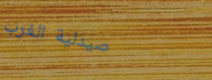
صيدلية الغرب